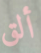
ألق